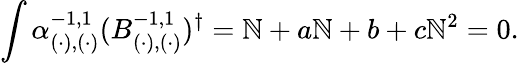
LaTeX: \int\alpha_{(\cdot),(\cdot)}^{-1,1}(B_{(\cdot),(\cdot)}^{-1,1})^{\dagger}=\mathbb{N}+a\mathbb{N}+b+c\mathbb{N}^{2}=0.